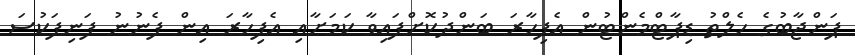
ޕަންޖާބުގެ ހެލްތު ޑިޕާޓްމެންޓުން އެފިހާރަ ބަންދުކޮށްފައިވާ ކަމަށާއި އެފިހާރަ އިން ފެނުނު ފަނިފަކުސަ